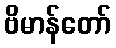
ဗိမာန်တော်